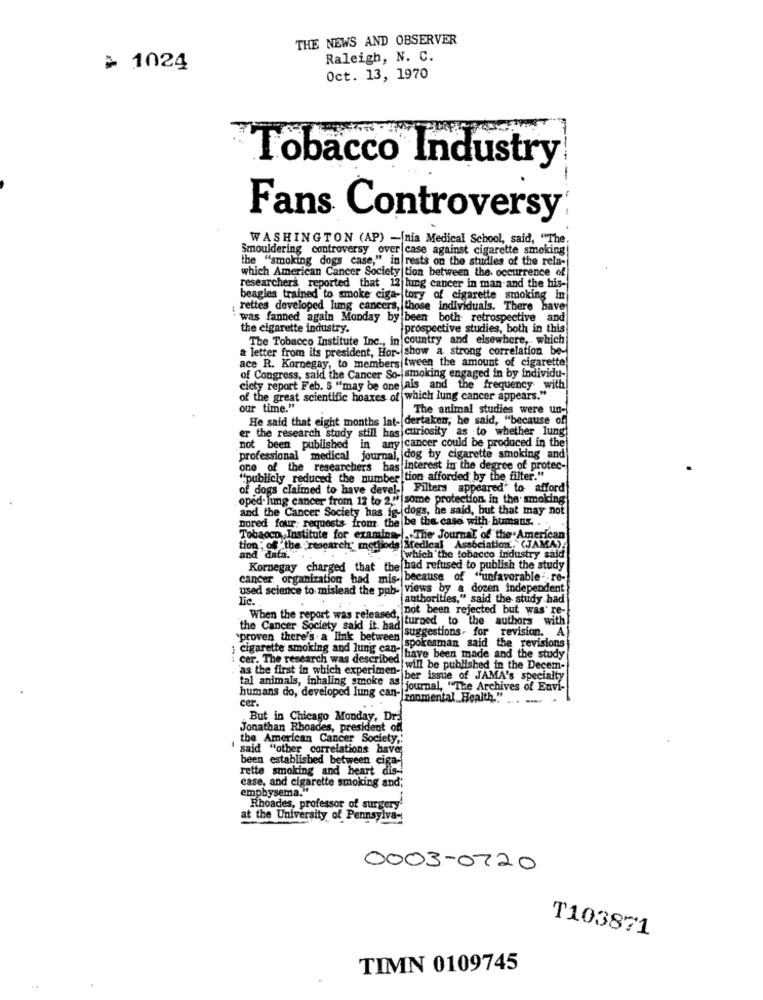
THE NEWS AND OBSERVER
Raleigh, N. C.
> 1024
Oct. 13, 1970
"Tobacco Industry
-
Fans Controversy
WASHINGTON (AP) -nia Medical School, said, "The,
Smouldering controversy over case against cigarette smoking!
the "smoking dogs case," in rests on the studies of the rela-
which American Cancer Society tion between the occurrence of
researchers reported that 12 lung cancer in man and the his-
beagles trained to smoke ciga- tory of cigarette smoking in
rettes developed lung cancers, those individuals. There have
was fanned again Monday by been
both retrospective and
the cigarette industry.
prospective studies, both in this
The Tobacco Institute Inc ., in country and elsewhere, which
& letter from its president, Hor- show a strong correlation be-
ace R. Kornegay, to members tween the amount of cigarette
of Congress, said the Cancer So- smoking engaged in by individu-
ciety report Feb. 5 "may be one als and the frequency with
of the great scientific hoaxes of which lung cancer appears."
our time."
The animal studies were un-
He said that eight months lat- dertaken; he said, "because of
er the research study still has curiosity as to whether lung!
not been published in any cancer could be produced in the
professional medical journal, dog by cigarette smoking and
one of the researchers has Interest in the degree of protec-
"publicly reduced the number tion afforded by the filter."
of dogs claimed to have devel- Filters appeared' to afford
oped. lung cancer from 12 to 2." [some protection. in the smoking
and the Cancer Society has ig- dogs, he said, but that may not
nored four: requests from the be the case with humans. . .
Tobacco, Institute for examing -.. The Journal of the American
tion ; of"the research methods Medical Association."(JAMA).
and data."
[which the tobacco industry said
Kornegay charged that the bad refused to publish the study
cancer organization had mis- because of "unfavorable -. re-
used science to mislead the pub- views by a dozen independent
Lic.
authorities," said the study had
When the report was released, not been rejected but was' re-
turned to the authors with
the Cancer Society said it had
`proven there's a link between|
suggestions. for revision. A
; cigarette smoking and lung can-a
spokesman said the revisions
have been made and the study
cer. The research was described win be published in the Decem-
'as the first in which experimen- ber issue of JAMA's specialty
tal animals, inhaling smoke as
journal, "The Archives of Envi-
humans do, developed lung can --
cer.
[ronmental Health." .
- -
But in Chicago Monday, Dra
Jonathan Rhoades, president off
the American Cancer Society,'
said "other correlations have;
been established between cig
rette smoking and heart dis-
case, and cigarette smoking and;
emphysema."
Rhoades, professor of surgery'
at the University of Pennsylva-
0003-0720
T103871
TIMN 0109745